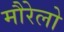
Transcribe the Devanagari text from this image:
मौरेलो